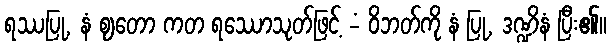
ရဿပြု, နံ ဈတော ကတ ရဿောသုတ်ဖြင့် -ံ ဝိဘတ်ကို နံ ပြု, ဒဏ္ဍိနံ ပြီး၏။